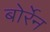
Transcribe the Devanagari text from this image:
बोर्रेन